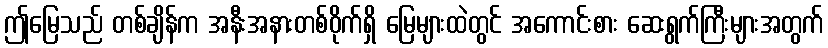
ဤမြေသည် တစ်ချိန်က အနီးအနားတစ်ဝိုက်ရှိ မြေများထဲတွင် အကောင်းစား ဆေးရွက်ကြီးများအတွက်